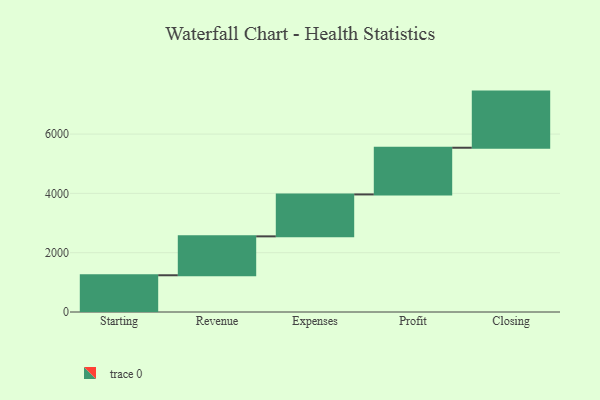
{"axis": {"x": "Step", "y": "Value"}, "legend": [""], "data": [{"x": "Starting", "y": 1239.0, "type": ""}, {"x": "Revenue", "y": 1312.0, "type": ""}, {"x": "Expenses", "y": 1414.0, "type": ""}, {"x": "Profit", "y": 1575.0, "type": ""}, {"x": "Closing", "y": 1893.0, "type": ""}]}